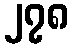
၂၇၈